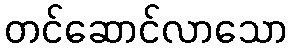
တင်ဆောင်လာသော